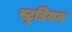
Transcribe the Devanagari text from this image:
स्टुडियन